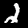
Label: 2